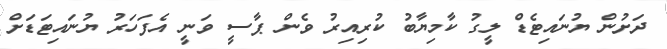
ދަށުން ޔުނައިޓެޑް ލީގު ކާމިޔާބު ކުރިއިރު ވެން ޕާސީ ވަނީ އެފަހަރު ޔުނައިޓަޑަށް